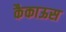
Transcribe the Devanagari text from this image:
कैकाऊस